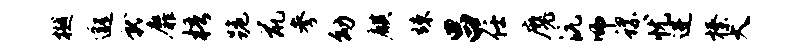
樾邈就靡梧跪鼠参幼麒竦吕任魔沆师螺忧进榛大